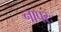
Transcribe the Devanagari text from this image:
नापरः